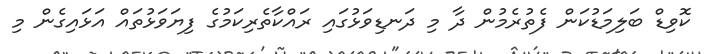
ކޮވިޑް ބަލިމަޑުކަން ފެތުރެމުން ދާ މި ދަނޑިވަޅުގައި ރައްކާތެރިކަމުގެ ފިޔަވަޅުތައް އަޅައިގެން މި